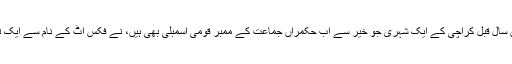
آج سے تین سال قبل کراچی کے ایک شہری جو خیر سے اب حکمراں جماعت کے ممبر قومی اسمبلی بھی ہیں، نے فکس اٹ کے نام سے ایک تنظیم بنائی۔